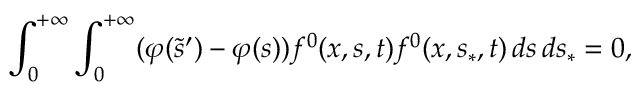
\int _ { 0 } ^ { + \infty } \int _ { 0 } ^ { + \infty } ( \varphi ( \tilde { s } ^ { \prime } ) - \varphi ( s ) ) f ^ { 0 } ( x , s , t ) f ^ { 0 } ( x , s _ { \ast } , t ) \, d s \, d s _ { \ast } = 0 ,